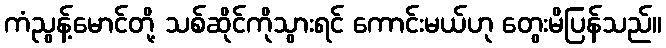
ကံညွန့်မောင်တို့ သစ်ဆိုင်ကိုသွားရင် ကောင်းမယ်ဟု တွေးမိပြန်သည်။